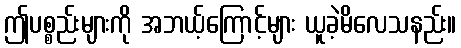
ဤပစ္စည်းများကို အဘယ့်ကြောင့်များ ယူခဲ့မိလေသနည်း။